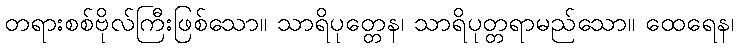
တရားစစ်ဗိုလ်ကြီးဖြစ်သော။ သာရိပုတ္တေန၊ သာရိပုတ္တရာမည်သော။ ထေရေန၊